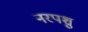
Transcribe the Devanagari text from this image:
नरपशु